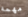
مهمه